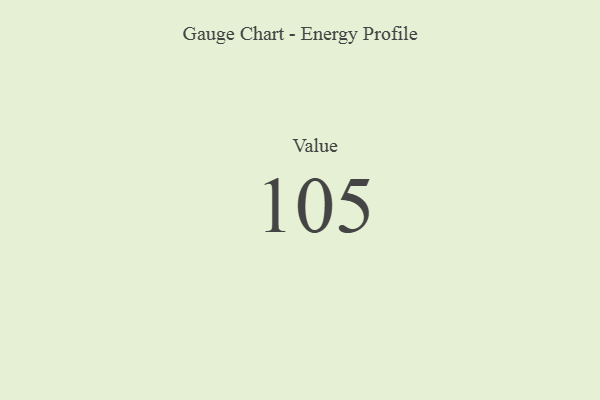
{"axis": {"x": "Metric", "y": "Value"}, "legend": [""], "data": [{"x": "Value", "y": 105, "type": ""}]}